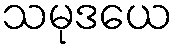
သမုဒယေ